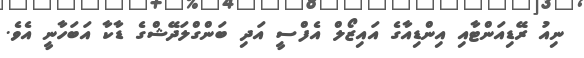
ނިއު ރޭޑިއަންޓާއި އިންޑިއާގެ އައިޒޯލް އެފްސީ އަދި ބަންގްލަދޭޝްގެ ޑާކާ އަބަހާނީ އެވެ.